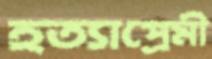
হত্যাপ্রেমী